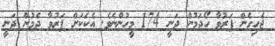
ޖެހިގެން ފަރުވާ ހޯދަމުން ދަނީ 174 މީހުންނެވެ. އެކަކަށް ފަރުވާ ދެމުން ދަނީ